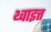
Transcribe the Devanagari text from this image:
थ्वाइत्त